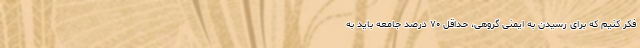
فکر کنیم که برای رسیدن به ایمنی گروهی، حداقل ۷۰ درصد جامعه باید به